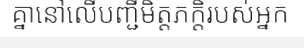
គ្នានៅលើបញ្ជីមិត្តភក្តិរបស់អ្នក